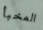
المخبأ